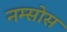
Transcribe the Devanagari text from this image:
नम्सोस